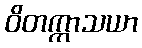
ဝိတက္ကာသယာ